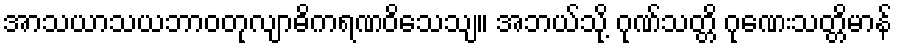
အာသယာသယဘာဝတုလျာဓိကရဏဝိသေသျ။ အဘယ်သို့ ဂုဏ်သတ္တိ ဂုဏေးသတ္တိမာန်